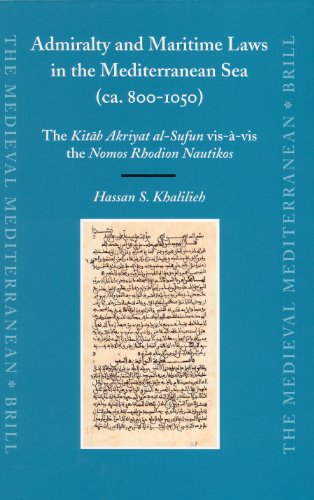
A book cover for Admiralty and Maritime Laws in the Mediterranean Sea (ca. 800-1050): The Kitaab Akriyat al-Sufun vis-a-vis the Nomos Rhodion Nautikos (Medieval Mediterranean); Hassan Salih Khalilieh; Law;